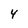
Character: 4